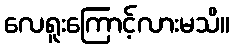
လေရူးကြောင့်လားမသိ။